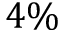
4 \%